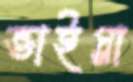
ভাইগ্না